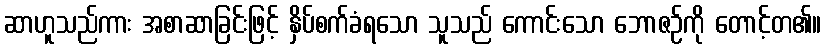
ဆာဟူသည်ကား အစာဆာခြင်းဖြင့် နှိပ်စက်ခံရသော သူသည် ကောင်းသော ဘောဇဉ်ကို တောင့်တ၏။